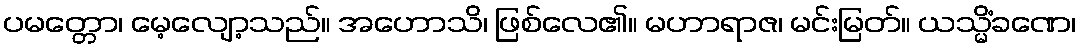
ပမတ္တော၊ မေ့လျော့သည်။ အဟောသိ၊ ဖြစ်လေ၏။ မဟာရာဇ၊ မင်းမြတ်။ ယသ္မိံခဏေ၊